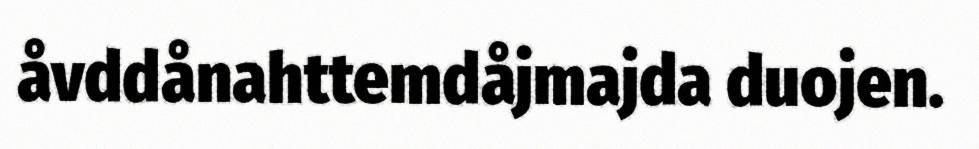
åvddånahttemdåjmajda duojen.